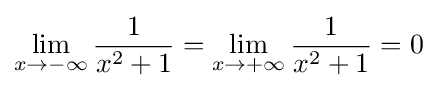
\lim _{x\to -\infty }{\frac {1}{x^{2}+1}}=\lim _{x\to +\infty }{\frac {1}{x^{2}+1}}=0